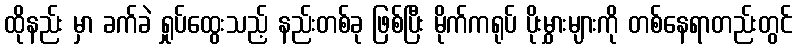
ထိုနည်း မှာ ခက်ခဲ ရှုပ်ထွေးသည့် နည်းတစ်ခု ဖြစ်ပြီး မိုက်ကရုပ် ပိုးမွှားများကို တစ်နေရာတည်းတွင်